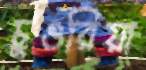
চুওরিয়া